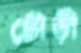
টৌড়ী